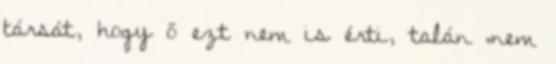
társát, hogy ő ezt nem is érti, talán „nem